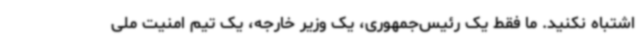
اشتباه نکنید. ما فقط یک رئیس‌جمهوری، یک وزیر خارجه، یک تیم امنیت ملی